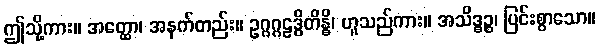
ဤသို့ကား။ အတ္ထော၊ အနက်တည်း။ ဥဂ္ဂဂ္ဂဠဒ္ဓိတိန္ဓိ၊ ဟူသည်ကား။ အသိဒ္ဓဉ္စ၊ ပြင်းစွာသော။